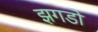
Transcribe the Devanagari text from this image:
झगडो